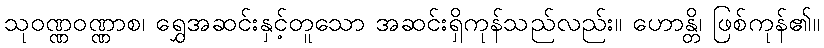
သုဝဏ္ဏဝဏ္ဏာစ၊ ရွှေအဆင်းနှင့်တူသော အဆင်းရှိကုန်သည်လည်း။ ဟောန္တိ၊ ဖြစ်ကုန်၏။